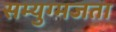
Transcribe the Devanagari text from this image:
सम्युग्मजता